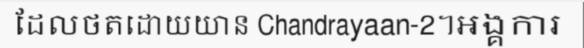
ដែលថតដោយយាន Chandrayaan-2។អង្គការ